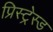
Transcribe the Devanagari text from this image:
प्रिस्ट्रेस्ड